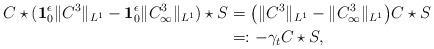
LaTeX: \begin{align*}C\star({\bf 1}^\epsilon_0 \|C^3\|_{L^1} - {\bf 1}^\epsilon_0 \|C_\infty^3\|_{L^1})\star S &= \big(\|C^3\|_{L^1} - \|C^3_\infty\|_{L^1}\big)C\star S\\&=: -\gamma_t C\star S,\end{align*}